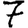
Digit: 7